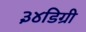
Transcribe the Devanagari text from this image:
३४डिग्री